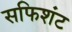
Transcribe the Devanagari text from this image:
सफिशंट